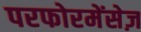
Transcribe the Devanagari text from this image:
परफोरमेंसेज़